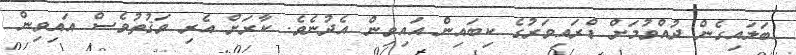
ބަލައިގެން ދުއްވުމަށް ޑްރައިވަރުގެ ކިބައިން އައިވިން އެދުނެވެ. ކާރަށް އެރި ވަޤުތުވެސް އައިވިން